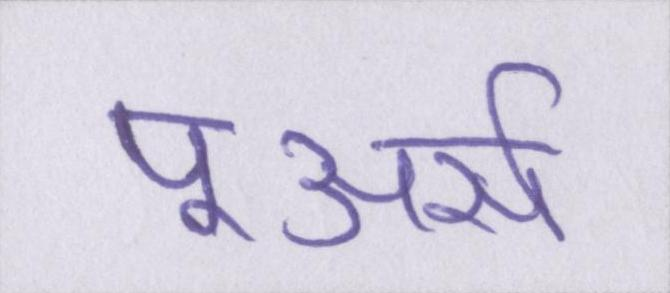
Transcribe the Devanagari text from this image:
पूअर्स